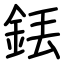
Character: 銩